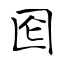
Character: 囵